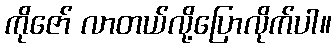
ကိုဇော် လာတယ်လို့ပြောလိုက်ပါ။